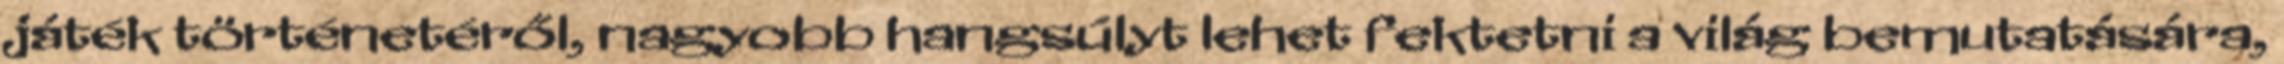
játék történetéről, nagyobb hangsúlyt lehet fektetni a világ bemutatására,